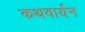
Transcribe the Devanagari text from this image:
कथवार्यन